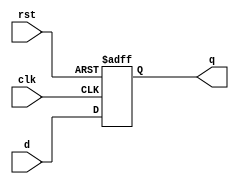
module my_D_FF
(
	input d,
	input clk,
	input rst,
	output q
);
reg int_q;

assign q = int_q;

always @(posedge clk or negedge rst)
	if (~rst)
	begin
		int_q = 1'b0;
	end
	else
	begin
		int_q = d;
	end

endmodule